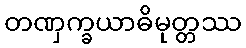
တဏှက္ခယာဓိမုတ္တဿ